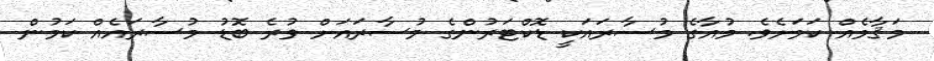
މަޤާމެއް ކަމަށެވެ. މުއާގެ މުސާރައަކީ ޑޮކްޓަރުންގެ މުސާރައަށް ވުރެ ބޮޑު މުސާރައެއް ކަމުން